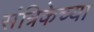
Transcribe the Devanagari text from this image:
संत्रिकेच्या